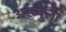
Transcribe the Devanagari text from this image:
अरुगुला